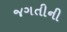
જગતીની